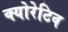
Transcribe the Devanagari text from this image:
क्योरेटिव